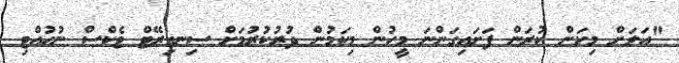
"އަލަށް މިކަން ކުރަން ފަށައިގަންނަ މީހުން މިކަމުން ދުރުކުރުމަށް ސިނގިރޭޓް ޓެކްސް ނުހުއްޓި